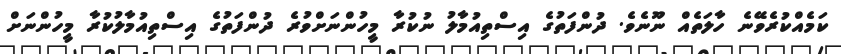
ކަމެއްކުރެވޭނެ ހާލަތެއް ނޫނެވެ. ދުންފަތުގެ އިސްތިއުމާލު ނުކުރާ މީހުންނަށްވުރެ ދުންފަތުގެ އިސްތިއުމާލުކުރާ މީހުންނަށް